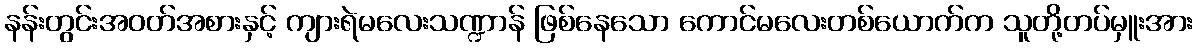
နန်းတွင်းအဝတ်အစားနှင့် ကျားရဲမလေးသဏ္ဍာန် ဖြစ်နေသော ကောင်မလေးတစ်ယောက်က သူတို့တပ်မှူးအား